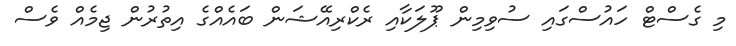
މި ގެސްޓް ހައުސްގައި ސުވިމިން ޕޫލަކާއި ރެކްރިއޭޝަން ބައެއްގެ އިތުރުން ޖިމެއް ވެސް